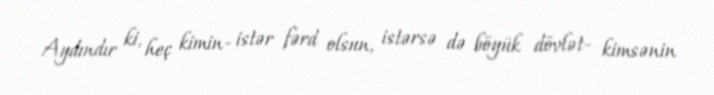
Aydındır ki, heç kimin- istər fərd olsun, istərsə də böyük dövlət- kimsənin